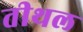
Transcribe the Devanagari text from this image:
तीथल